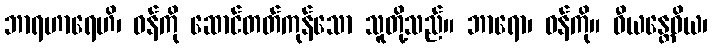
ဘာရဟာရေဟိ၊ ဝန်ကို ဆောင်တတ်ကုန်သော သူတို့သည်။ ဘာရော၊ ဝန်ကို။ ဓီယန္တေဝိယ၊